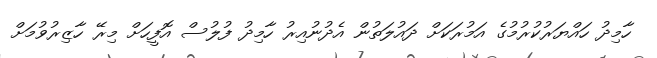
ހާމިދު ހައްޔަރުކުރުމުގެ އަމުރަކަށް ދައުލަތުން އެދުނުއިރު ހާމިދު ފުލުސް އޮފީހަށް މިރޭ ހާޒިރުވުމަށް